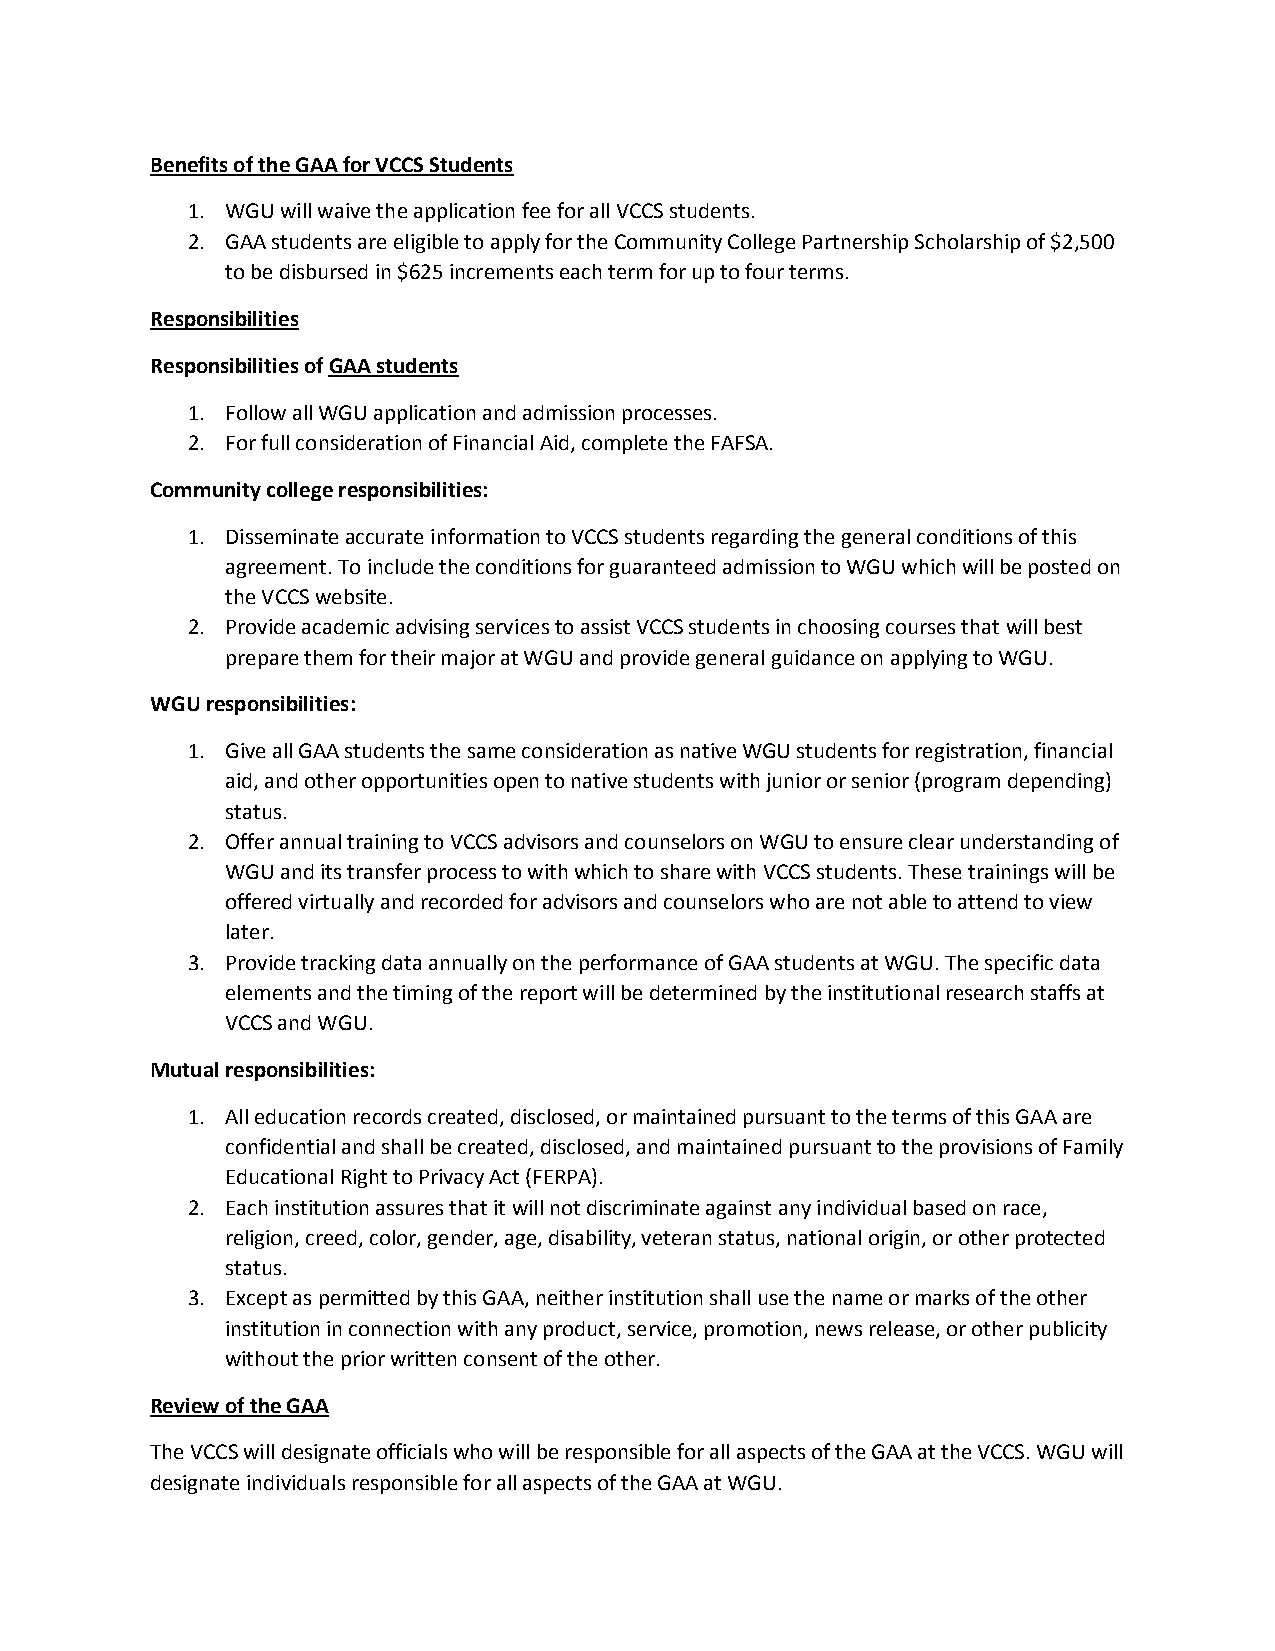
Benefits of the GAA for VCCS Students
 1. WGU will waive the application fee for all VCCS students.
 2. GAA students are eligible to apply for the Community College Partnership Scholarship of $2,500
 to be disbursed in $625 increments each term for up to four terms.
 Responsibilities
 Responsibilities of GAA students
 1. Follow all WGU application and admission processes.
 2. For full consideration of Financial Aid, complete the FAFSA.
 Community college responsibilities:
 1. Disseminate accurate information to VCCS students regarding the general conditions of this
 agreement. To include the conditions for guaranteed admission to WGU which will be posted on
 the VCCS website.
 2. Provide academic advising services to assist VCCS students in choosing courses that will best
 prepare them for their major at WGU and provide general guidance on applying to WGU.
 WGU responsibilities:
 1. Give all GAA students the same consideration as native WGU students for registration, financial
 aid, and other opportunities open to native students with junior or senior (program depending)
 status.
 2. Offer annual training to VCCS advisors and counselors on WGU to ensure clear understanding of
 WGU and its transfer process to with which to share with VCCS students. These trainings will be
 offered virtually and recorded for advisors and counselors who are not able to attend to view
 later.
 3. Provide tracking data annually on the performance of GAA students at WGU. The specific data
 elements and the timing of the report will be determined by the institutional research staffs at
 VCCS and WGU.
 Mutual responsibilities:
 1. All education records created, disclosed, or maintained pursuant to the terms of this GAA are
 confidential and shall be created, disclosed, and maintained pursuant to the provisions of Family
 Educational Right to Privacy Act (FERPA).
 2. Each institution assures that it will not discriminate against any individual based on race,
 religion, creed, color, gender, age, disability, veteran status, national origin, or other protected
 status.
 3. Except as permitted by this GAA, neither institution shall use the name or marks of the other
 institution in connection with any product, service, promotion, news release, or other publicity
 without the prior written consent of the other.
 Review of the GAA
 The VCCS will designate officials who will be responsible for all aspects of the GAA at the VCCS. WGU will
 designate individuals responsible for all aspects of the GAA at WGU.